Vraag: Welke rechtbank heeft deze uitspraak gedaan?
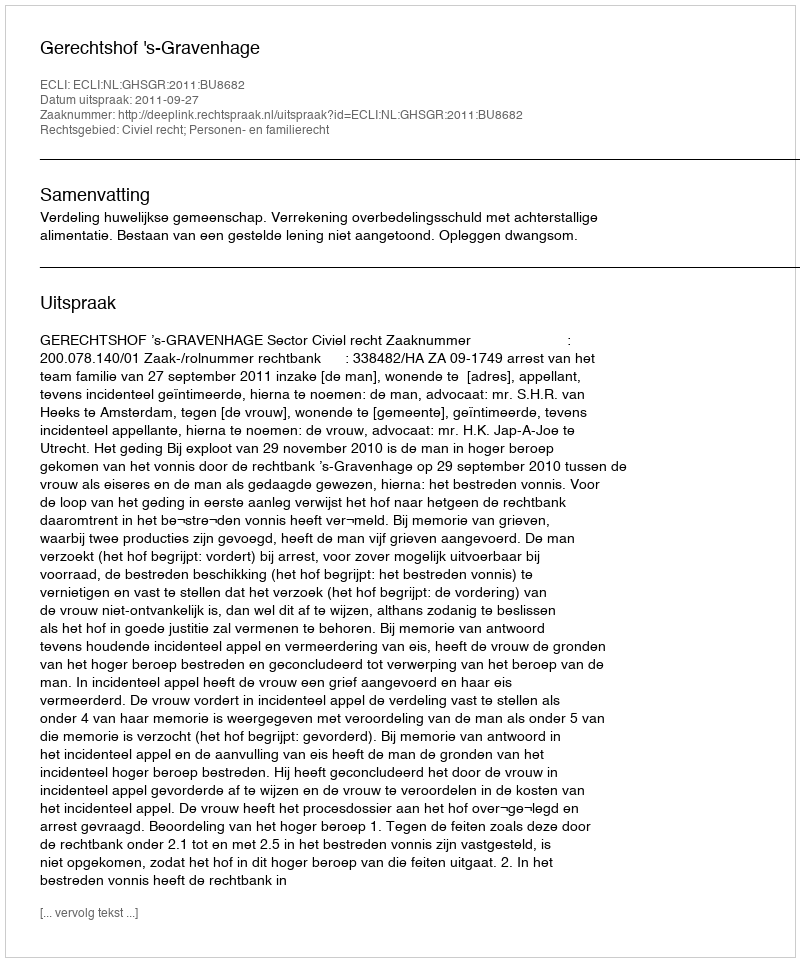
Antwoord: Gerechtshof 's-Gravenhage